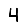
Digit: 4